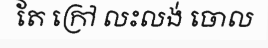
តែ ក្រៅ លះលង់ ចោល